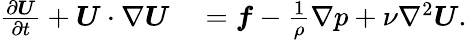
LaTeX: \begin{array}{rl}{\frac{\partial\boldsymbol{U}}{\partial t}+\boldsymbol{U}\cdot\nabla\boldsymbol{U}}&{{}=\boldsymbol{f}-\frac{1}{\rho}\nabla p+\nu\nabla^{2}\boldsymbol{U}.}\end{array}